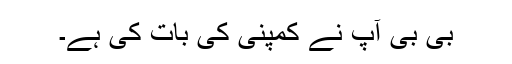
بی بی آپ نے کمپنی کی بات کی ہے۔